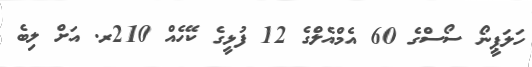
ހަލަޕީނޯ ސޯސްގެ 60 އެމްއެލްގެ 12 ފުޅީގެ ކޭހެއް 210ރ. އަށް ލިބެ